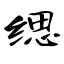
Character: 缌